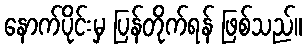
နောက်ပိုင်းမှ ပြန်တိုက်ရန် ဖြစ်သည်။